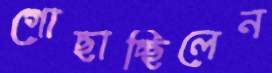
গোছাচ্ছিলেন